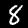
Digit: 8